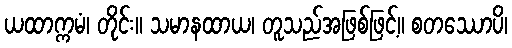
ယထာက္ကမံ၊ တိုင်း။ သမာနထာယ၊ တူသည်အဖြစ်ဖြင့်။ စတဿောပိ၊